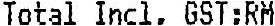
TOTAL INCL. GST:RM